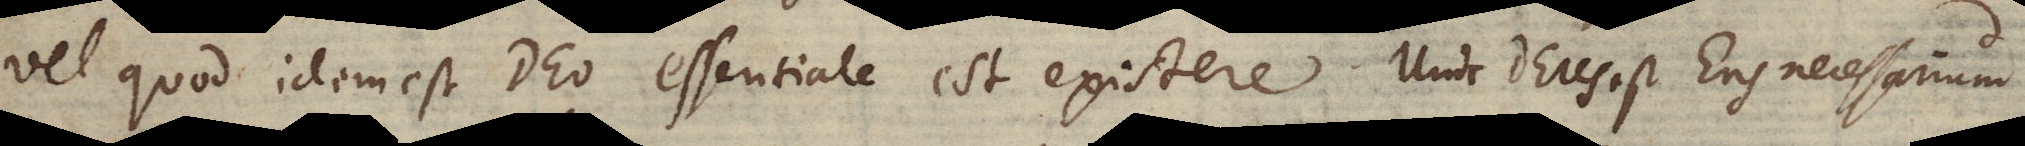
vel quod idem est Deo essentiale est existere. Unde Deus est Ens necessarium